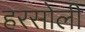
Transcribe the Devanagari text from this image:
हरसोली